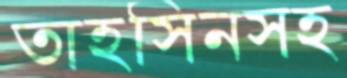
তাহসিনসহ